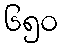
၆၅၀